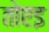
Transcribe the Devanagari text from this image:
तोएइ